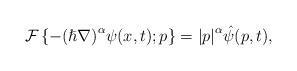
LaTeX: \begin{align*}\mathcal{F}\left\{-{(\hslash{}\nabla{})}^{\alpha{}}\psi(x,t); p\right\}={\left|p\right|}^{\alpha}\hat{\psi}(p,t),\end{align*}